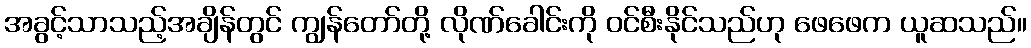
အခွင့်သာသည့်အချိန်တွင် ကျွန်တော်တို့ လိုဏ်ခေါင်းကို ဝင်စီးနိုင်သည်ဟု ဖေဖေက ယူဆသည်။